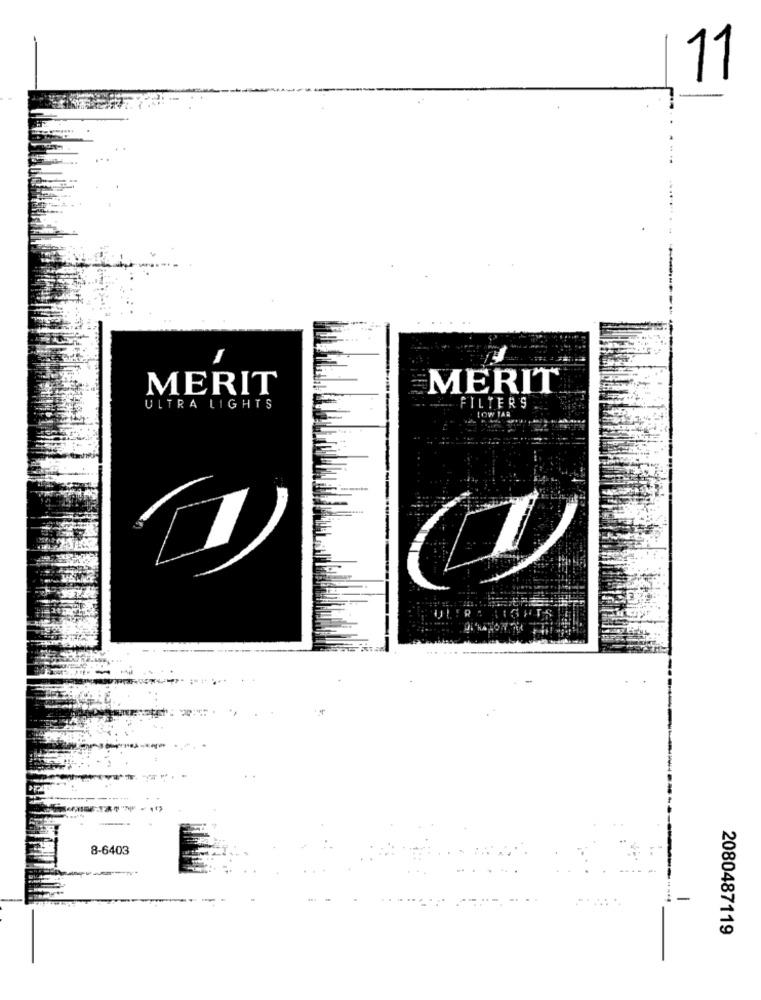
11
MERIT
MERIT
FILTERS
ULTRA LIGHTS
LOW TA
8-6403
-
2080487119